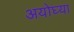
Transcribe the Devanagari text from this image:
अयोघ्या